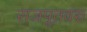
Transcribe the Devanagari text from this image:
राजपूतवंश